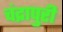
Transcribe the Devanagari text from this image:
चंद्रापुरी